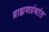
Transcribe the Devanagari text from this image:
ब्राह्मणग्रंथांत